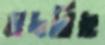
মদরিছ